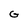
Character: G